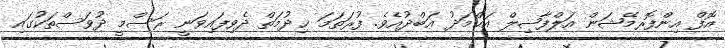
އޮފް އިންފޮރމޭޝަން އަލްފާޟިލް އަޙްމަދު ޢަބްދުއެވެ. ފުރަތަމަ ޚިދުމަތް ދެވިފައިވަނީ ރަސްމީ ދުވަސްތަކުގައި